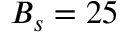
B _ { s } = 2 5